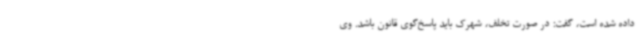
داده شده است، گفت: در صورت تخلف، شهرک باید پاسخ‌گوی قانون باشد. وی